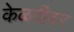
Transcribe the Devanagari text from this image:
केळदीवर